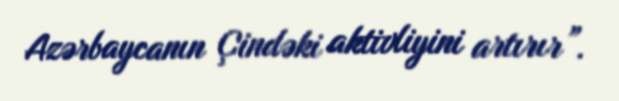
Azərbaycanın Çindəki aktivliyini artırır”.